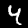
Label: 4